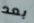
بعد